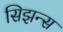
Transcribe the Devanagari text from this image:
सिझन्स